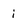
Character: i